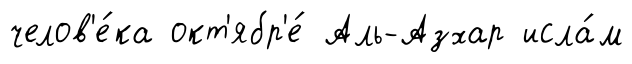
челов'е́ка окт'ябр'е́ Аль-Азхар исла́м